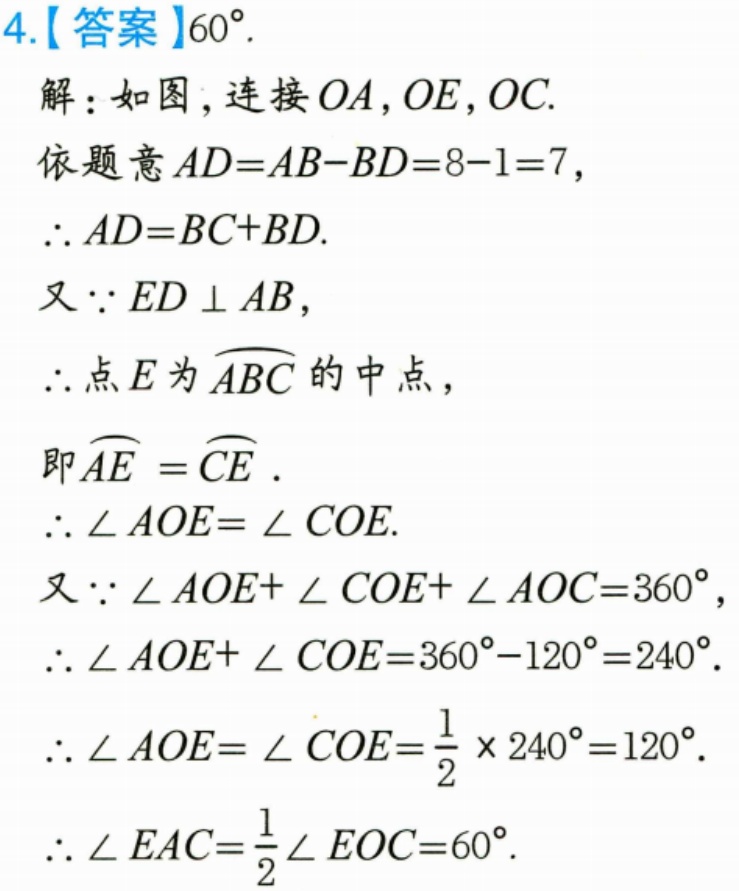
4.【答案】$60^{\circ}$.
解：如图，连接$OA,OE,OC$.
依题意$AD = AB - BD=8 - 1 = 7$，
$\therefore AD = BC + BD$.
又$\because ED\perp AB$，
$\therefore$点$E$为$\overset{\frown}{ABC}$的中点，
即$\overset{\frown}{AE}=\overset{\frown}{CE}$.
$\therefore\angle AOE=\angle COE$.
又$\because\angle AOE+\angle COE+\angle AOC = 360^{\circ}$，
$\therefore\angle AOE+\angle COE=360^{\circ}-120^{\circ}=240^{\circ}$.
$\therefore\angle AOE=\angle COE=\frac{1}{2}\times240^{\circ}=120^{\circ}$.
$\therefore\angle EAC=\frac{1}{2}\angle EOC=60^{\circ}$.